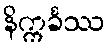
နိက္ကင်္ခဿ